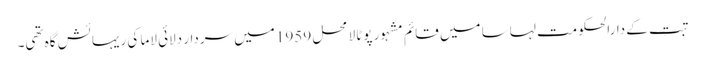
تبت کے دارالحکومت لہاسا میں قائم مشہور پوٹالا محل 1959 میں سردار دلائی لاما کی ریہائش گاہ تھی۔